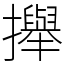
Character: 攑